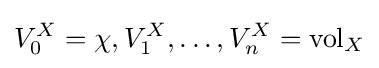
V_{0}^{X}=\chi ,V_{1}^{X},\ldots ,V_{n}^{X}=\mathrm {vol} _{X}